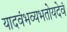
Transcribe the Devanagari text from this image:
यादवंभव्यभतोयदेवं